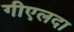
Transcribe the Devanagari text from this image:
गीएलदा